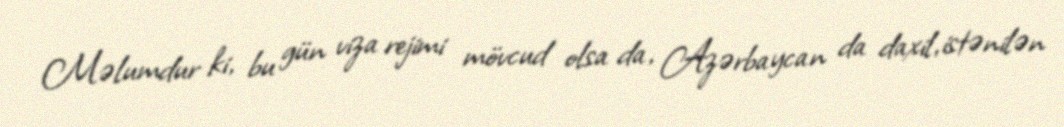
Məlumdur ki, bu gün viza rejimi mövcud olsa da, Azərbaycan da daxil, istənilən